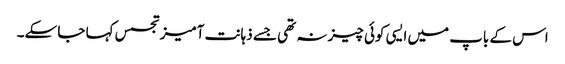
اس کے باپ میں ایسی کوئی چیز نہ تھی جسے ذہانت آمیزتجسس کہا جا سکے۔